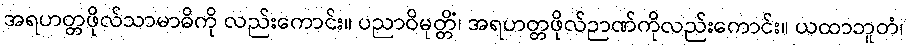
အရဟတ္တဖိုလ်သာမာဓိကို လည်းကောင်း။ ပညာဝိမုတ္တိံ၊ အရဟတ္တဖိုလ်ဉာဏ်ကိုလည်းကောင်း။ ယထာဘူတံ၊